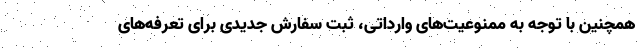
همچنین با توجه به ممنوعیت‌های وارداتی، ثبت سفارش جدیدی برای تعرفه‌های